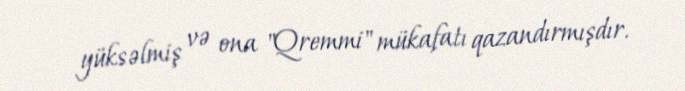
yüksəlmiş və ona "Qremmi" mükafatı qazandırmışdır.